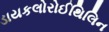
ડાયકલોરોઈથિલિન